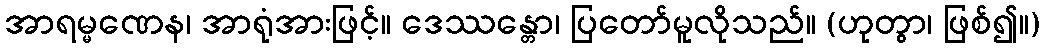
အာရမ္မဏေန၊ အာရုံအားဖြင့်။ ဒေဿန္တော၊ ပြတော်မူလိုသည်။ (ဟုတွာ၊ ဖြစ်၍။)